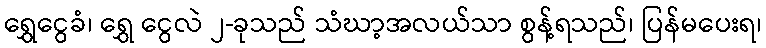
ရွှေငွေခံ၊ ရွှေ ငွေလဲ ၂-ခုသည် သံဃာ့အလယ်သာ စွန့်ရသည်၊ ပြန်မပေးရ၊